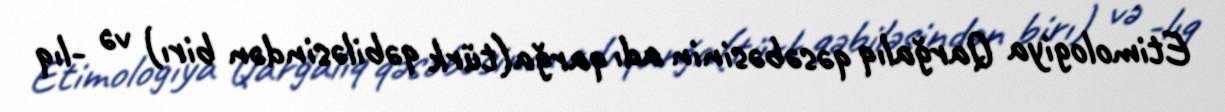
Etimologiya Qarğalıq qəsəbəsinin adı qarğa(türk qəbiləsindən birı) və -lıq